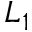
L _ { 1 }